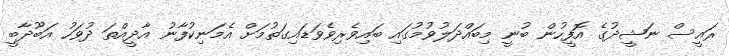
ރައީސް ނަޝީދުގެ އޮފީހުން ބުނީ މިބައްދަލުވުމުގައި ބައިވެރިވެވަޑައިގަތުމަށް އެމަނިކުފާނު އާދީއްތަ ދުވަހު އަބޫދާބީ